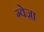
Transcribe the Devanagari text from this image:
ग्वेज़ा